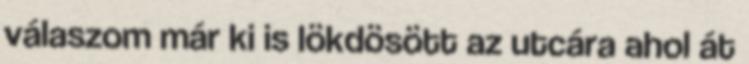
válaszom már ki is lökdösött az utcára ahol át